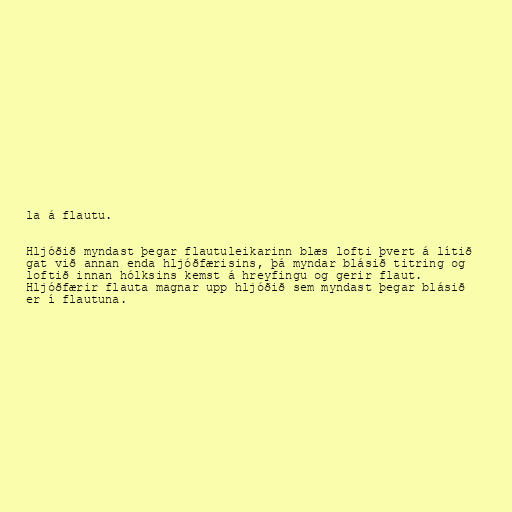
la á flautu.

Hljóðið myndast þegar flautuleikarinn blæs lofti þvert á lítið
gat við annan enda hljóðfærisins, þá myndar blásið titring og
loftið innan hólksins kemst á hreyfingu og gerir flaut.
Hljóðfærir flauta magnar upp hljóðið sem myndast þegar blásið
er í flautuna.